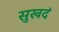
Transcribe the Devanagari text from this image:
सुखदं